Source: Handwritten
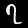
Digit: ၇ (7)